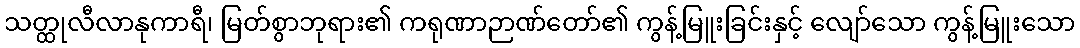
သတ္ထုလီလာနုကာရီ၊ မြတ်စွာဘုရား၏ ကရုဏာဉာဏ်တော်၏ ကွန့်မြူးခြင်းနှင့် လျော်သော ကွန့်မြူးသော